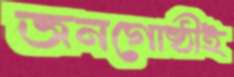
জনগোষ্ঠীই